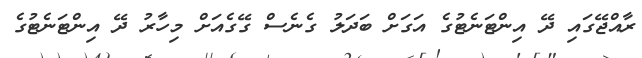
ރާއްޖޭގައި ދޭ އިންޓަނެޓުގެ އަގަށް ބަދަލު ގެނެސް ގޭގެއަށް މިހާރު ދޭ އިންޓަނެޓުގެ